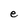
Character: e